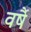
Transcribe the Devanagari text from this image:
वर्षै